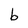
Character: b